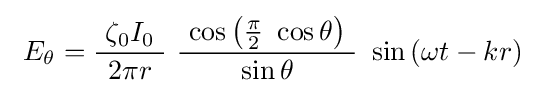
\ E_{\theta }={\frac {\ \zeta _{0}I_{0}\ }{2\pi r}}\ {\frac {\ \cos \left({\frac {\pi }{2}}\ \cos \theta \right)\ }{\sin \theta }}\ \sin {(\omega t-kr)}~